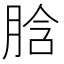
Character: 𦛜